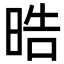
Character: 晧